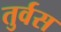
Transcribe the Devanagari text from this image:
तुर्वस